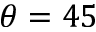
\theta = 4 5